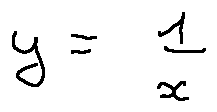
y = \frac { 1 } { x }